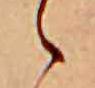
ゝ